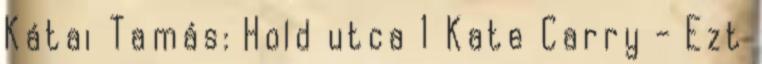
Kátai Tamás: Hold utca 1 Kate Carry - Ezt